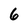
Character: 6